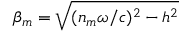
\beta _ { m } = \sqrt { ( n _ { m } \omega / c ) ^ { 2 } - h ^ { 2 } }